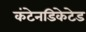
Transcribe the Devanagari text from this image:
कंटेनडिकेटेड